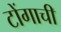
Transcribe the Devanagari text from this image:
टोंगाची